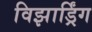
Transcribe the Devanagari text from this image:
विझार्ड्रिंग